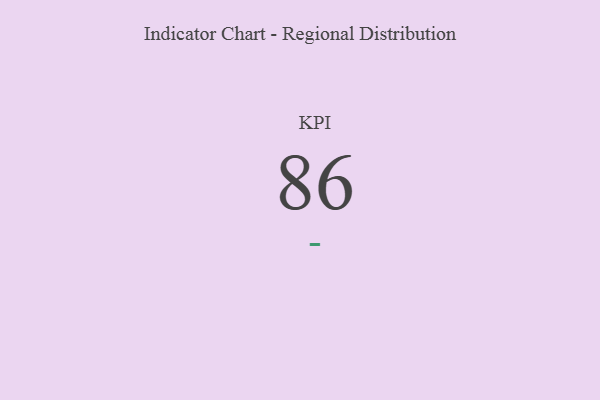
{"axis": {"x": "KPI", "y": "Value"}, "legend": [""], "data": [{"x": "KPI", "y": 86, "type": ""}]}